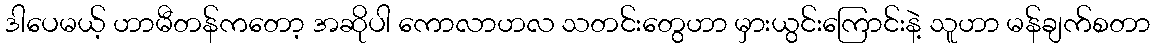
ဒါပေမယ့် ဟာမီတန်ကတော့ အဆိုပါ ကောလာဟလ သတင်းတွေဟာ မှားယွင်းကြောင်းနဲ့ သူဟာ မန်ချက်စတာ